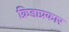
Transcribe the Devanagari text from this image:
क्रिडाप्रकार